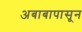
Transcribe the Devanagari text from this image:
अबाबापासून